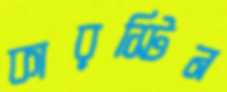
কারস্টিন